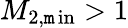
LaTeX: M_{2,\operatorname*{\mathtt{m}in}}>1